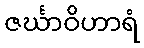
ဇင်္ဃာဝိဟာရံ